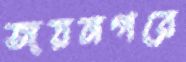
জয়নগরে